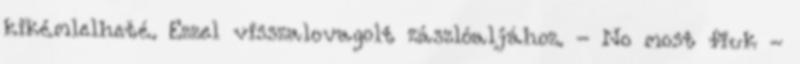
kikémlelheté. Ezzel visszalovagolt zászlóaljához. - No most fiuk -